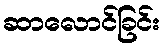
ဆာလောင်ခြင်း